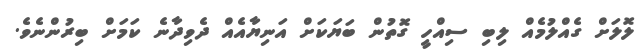
ލޮލަށް ގެއްލުމެއް ލިބި ސިއްހީ ގޮތުން ބަޔަކަށް އަނިޔާއެއް ދެވިދާނެ ކަމަށް ބިރުންނެވެ.